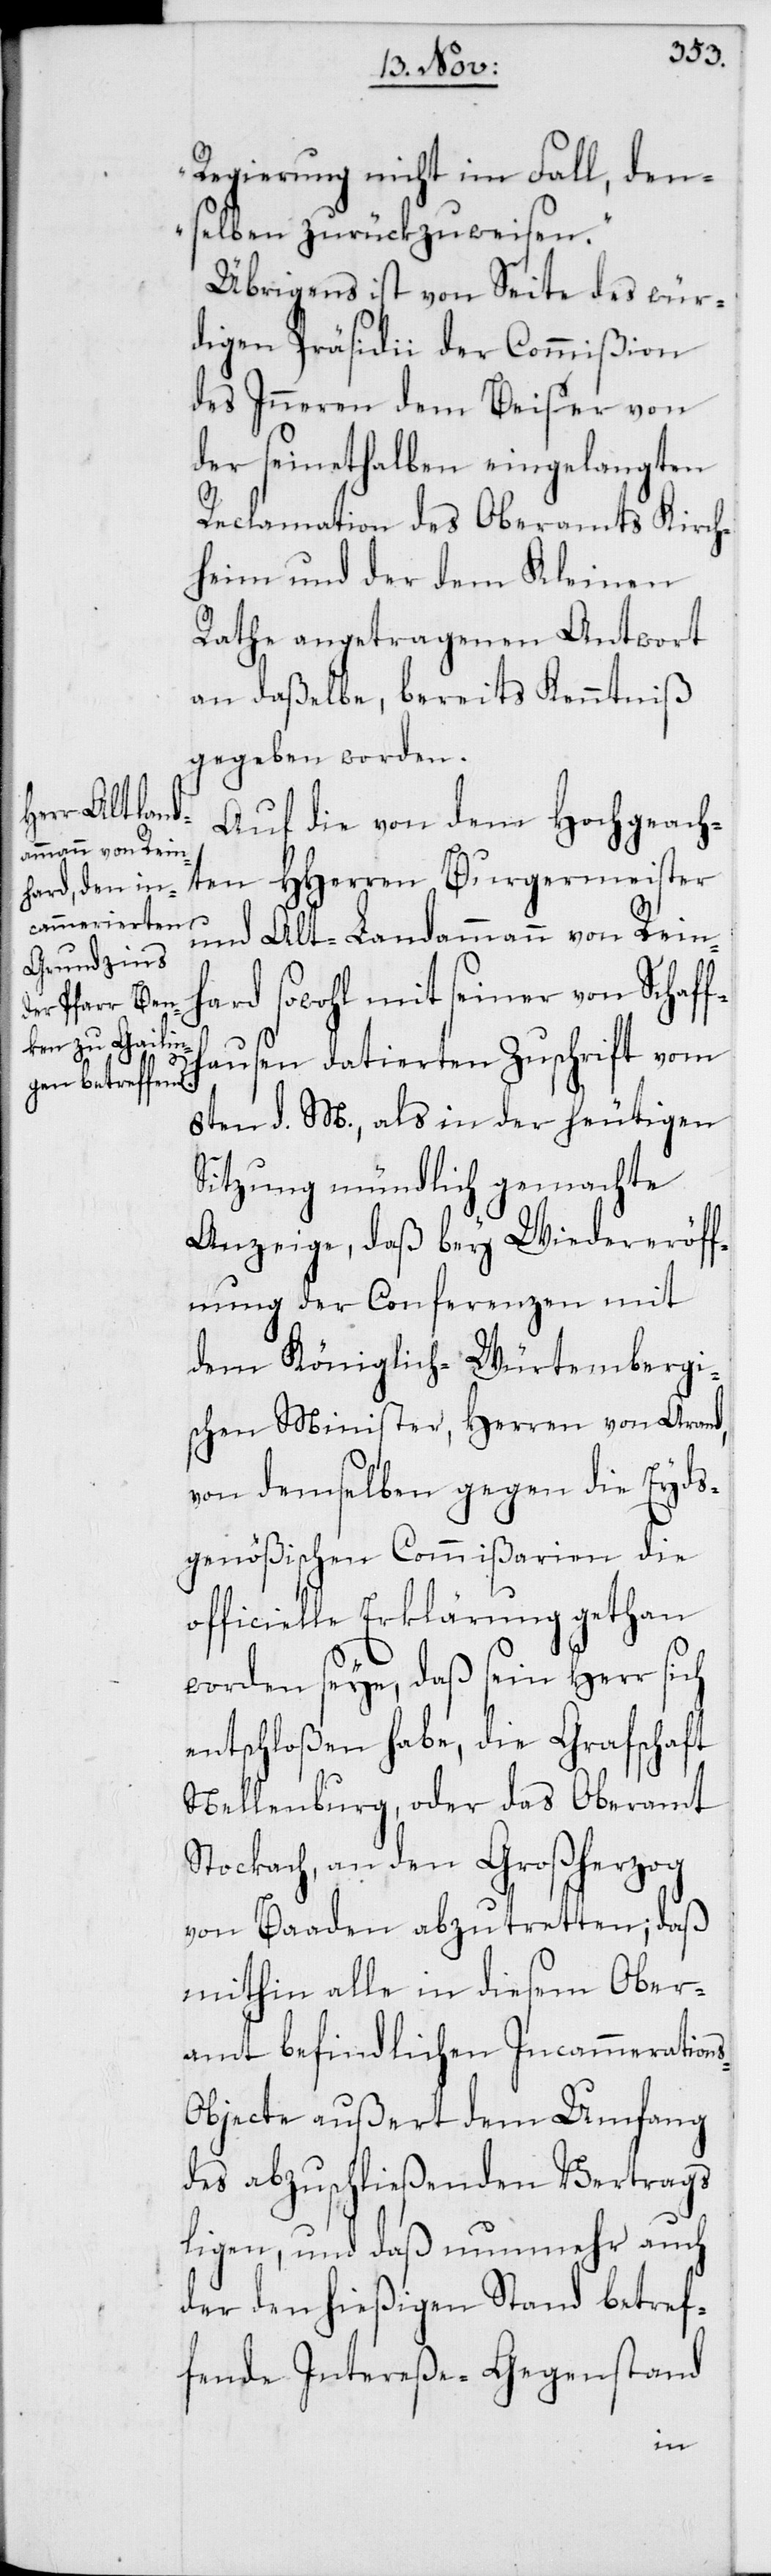
Regierung nicht im Fall, den¬
selben zurückzuweisen“.
Übrigens ist von Seite des wür¬
digen Präsidii der Commißion
des Inneren dem Beiser von
der seinethalben eingelangten
Reclamation des Oberamts Kirch¬
heim und der dem Kleinen
Rathe angetragenen Antwort
an daßelbe, bereits Kenntniß
gegeben worden.
Auf die von dem Hochgeach¬
ten HHerren Burgermeister
und Alt-Landammann von Rein¬
hard sowohl mit seiner von Schaff¬
hausen datierten Zuschrift vom
8ten d. M., als in der heutigen
Sitzung mündlich gemachte
Anzeige, daß bey Wiedereröff¬
nung der Conferenzen mit
dem Königlich-Würtembergi¬
schen Minister, Herren von Arand,
von demselben gegen die Eyds¬
genößischen Commißarien die
officielle Erklärung gethan
worden seye, daß sein Herr sich
entschloßen habe, die Grafschaft
Nellenburg, oder das Oberamt
Stockach, an den Großherzog
von Baaden abzutretten; daß
mithin alle in diesem Ober¬
amt befindlichen Incammeration¬
bjecte außert dem Umfang
des abzuschließenden Vertrags
ligen, und daß nunmehr auch
der den hießigen Stand betref¬
fende Intereße-Gegenstand
s-O¬